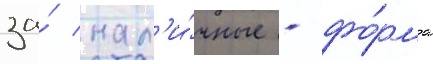
за́ нал'и́чные - фо́рма